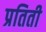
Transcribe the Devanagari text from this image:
प्रतिती